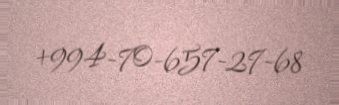
+994-70-657-27-68